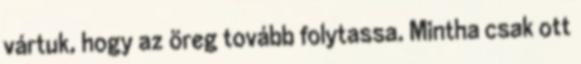
vártuk, hogy az öreg tovább folytassa. Mintha csak ott